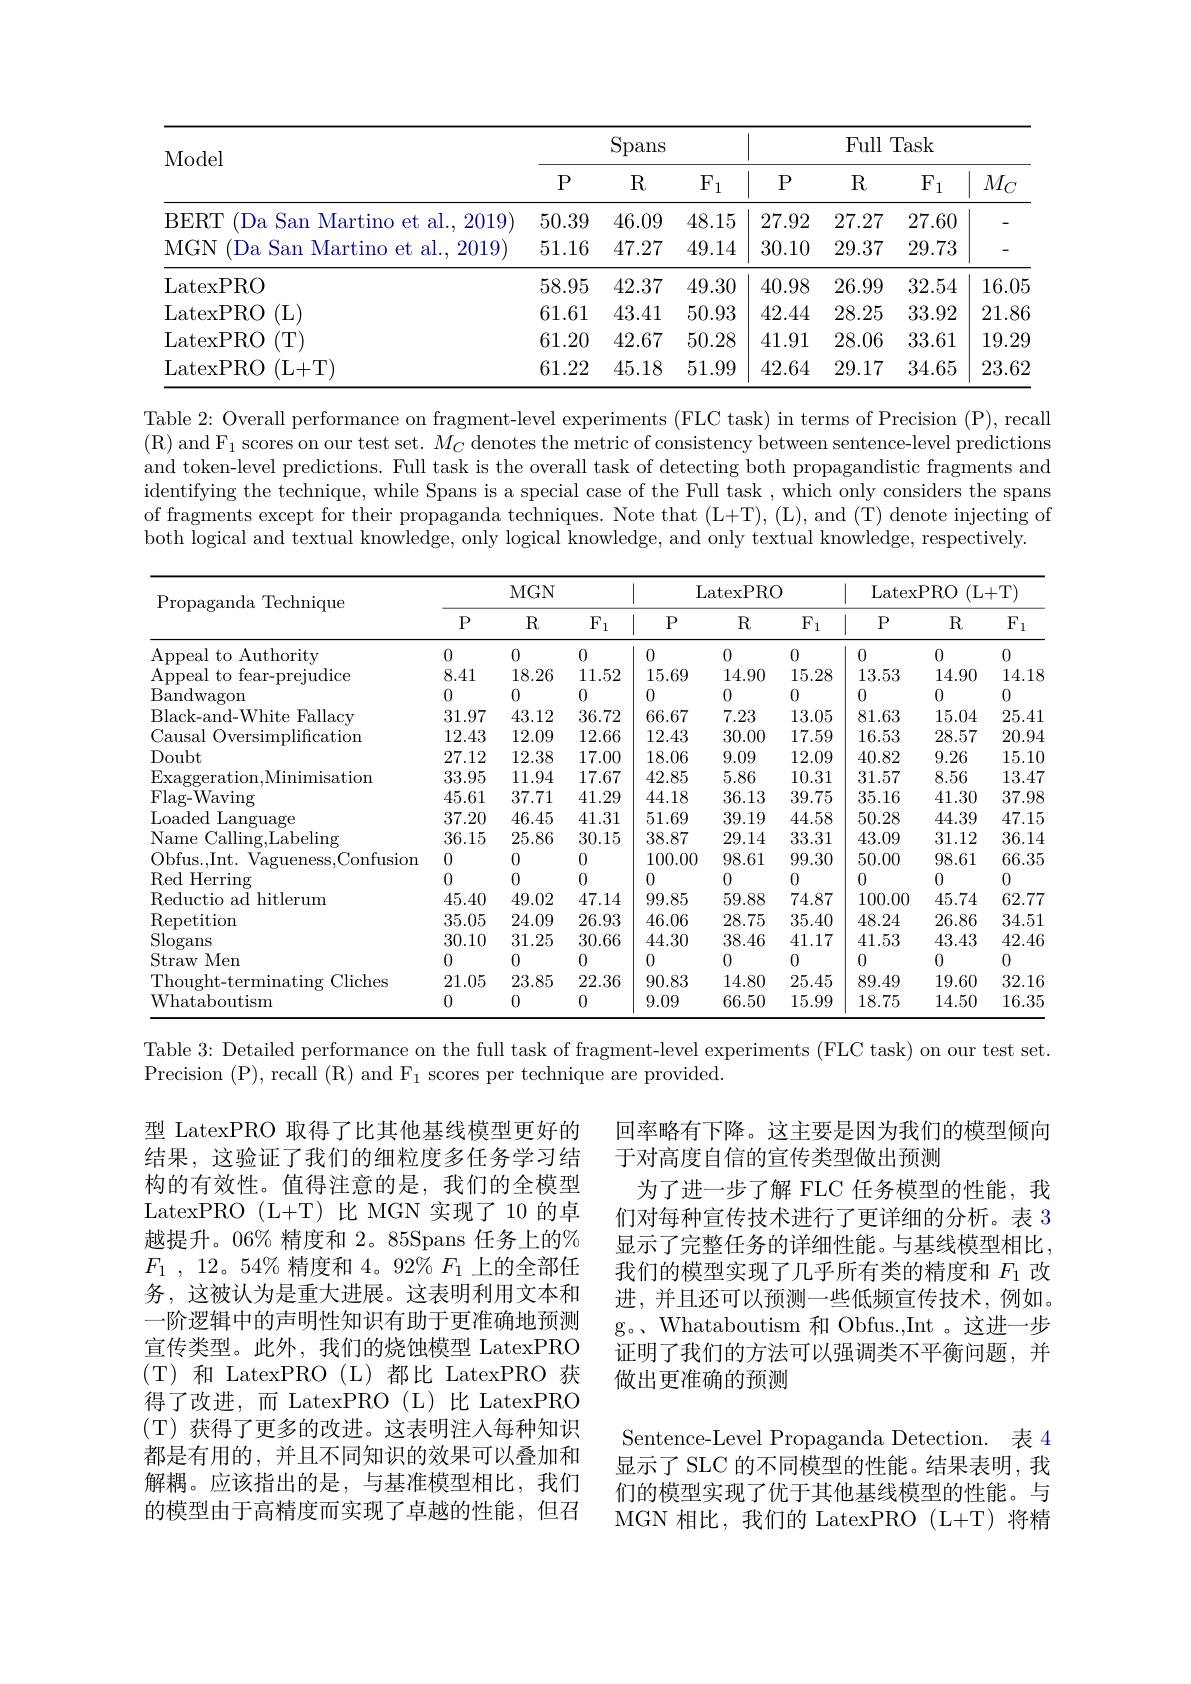
<table>
	<tbody>
		<tr>
			<th rowspan="2">Model</th>
			<th colspan="3">Spans</th>
			<th colspan="4">Full Task</th>
		</tr>
		<tr>
			<th>$P$</th>
			<th>$R$</th>
			<th>$F_1$</th>
			<th>$P$</th>
			<th>R</th>
			<th>$F_1$</th>
			<th>$M_C$</th>
		</tr>
		<tr>
			<td>BERT (Da San Martino et al., 2019)</td>
			<td>50.39</td>
			<td>46.09</td>
			<td>48.15</td>
			<td>27.92</td>
			<td>27.27</td>
			<td>27.60</td>
			<td> </td>
		</tr>
		<tr>
			<td>MGN (Da San Martino et al., 2019)</td>
			<td>51.16</td>
			<td>47.27</td>
			<td>49.14</td>
			<td>30.10</td>
			<td>29.37</td>
			<td>29.73</td>
			<td>-</td>
		</tr>
		<tr>
			<td>LatexPRO</td>
			<td>58.95</td>
			<td>42.37</td>
			<td>49.30</td>
			<td>40.98</td>
			<td>26.99</td>
			<td>32.54</td>
			<td>16.05</td>
		</tr>
		<tr>
			<td>LatexPRO (L)</td>
			<td>61.61</td>
			<td>43.41</td>
			<td>50.93</td>
			<td>42.44</td>
			<td>28.25</td>
			<td>33.92</td>
			<td>21.86</td>
		</tr>
		<tr>
			<td>(T) LatexPRO</td>
			<td>61.20</td>
			<td>42.67</td>
			<td>50.28</td>
			<td>41.91</td>
			<td>28.06</td>
			<td>33.61</td>
			<td>19.29</td>
		</tr>
		<tr>
			<td>(L+T) LatexPRO</td>
			<td>61.22</td>
			<td>45.18</td>
			<td>51.99</td>
			<td>42.64</td>
			<td>29.17</td>
			<td>34.65</td>
			<td>23.62</td>
		</tr>
	</tbody>
</table>

Table 2: Overall performance on fragment-level experiments (FLC task) in terms of Precision (P), recall $(\mathbb{R})$ and F$_1$ scores on our test set. $M_C$ denotes the metric of consistency between sentence-level predictions and token-level predictions. Full task is the overall task of detecting both propagandistic fragments and $\begin{aligned}\text{identifying the technique, while Spans is a special case of the Full task , which only considers the spans}\\\text{identifying the technique, while Spans is a special case of the Full task , which only consideনs the spans}\end{aligned}$ of fragments except for their propaganda techniques. Note that (L+T), (L), and (T) denote injecting of both logical and textual knowledge, only logical knowledge, and only textual knowledge, respectively.

<table>
	<tbody>
		<tr>
			<th rowspan="2">Propaganda Technique</th>
			<th colspan="3">$MGN$</th>
			<th colspan="3">LatexPRO</th>
			<th colspan="3">LatexPRO (L+T)</th>
		</tr>
		<tr>
			<th>$P$</th>
			<th>$R$</th>
			<th>$F_1$</th>
			<th>$P$</th>
			<th>$R$</th>
			<th>$F_1$</th>
			<th>1 $P$</th>
			<th>$R$</th>
			<th>$F$ 1</th>
		</tr>
		<tr>
			<td>Appeal to Authority</td>
			<td>0</td>
			<td>0</td>
			<td>0</td>
			<td>0</td>
			<td>0</td>
			<td>0</td>
			<td>0</td>
			<td>0</td>
			<td>0</td>
		</tr>
		<tr>
			<td>Appeal to fear-prejudice</td>
			<td>8.41</td>
			<td>18.26</td>
			<td>11.52</td>
			<td>15.69</td>
			<td>14.90</td>
			<td>15.28</td>
			<td>13.53</td>
			<td>14.90</td>
			<td>14.18</td>
		</tr>
		<tr>
			<td>Bandwagon</td>
			<td>0</td>
			<td>0</td>
			<td>0</td>
			<td>0</td>
			<td>0</td>
			<td>0</td>
			<td>0</td>
			<td>0</td>
			<td>0</td>
		</tr>
		<tr>
			<td>Black- and- White Fallacy</td>
			<td>31.97</td>
			<td>43.12</td>
			<td>36.72</td>
			<td>66.67</td>
			<td>7.23</td>
			<td>13.05</td>
			<td>81.63</td>
			<td>15.04</td>
			<td>25.41</td>
		</tr>
		<tr>
			<td>Causal l Oversimplification</td>
			<td>12.43</td>
			<td>12.09</td>
			<td>12.66</td>
			<td>12.43</td>
			<td>30.00</td>
			<td>17.59</td>
			<td>16.53</td>
			<td>28.57</td>
			<td>20.94</td>
		</tr>
		<tr>
			<td>Doubt</td>
			<td>27.12</td>
			<td>12.38</td>
			<td>17.00</td>
			<td>18.06</td>
			<td>9.09</td>
			<td>12.09</td>
			<td>40.82</td>
			<td>9.26</td>
			<td>15.10</td>
		</tr>
		<tr>
			<td>Exaggeration, Minimisation</td>
			<td>33.95</td>
			<td>11.94</td>
			<td>17.67</td>
			<td>42.85</td>
			<td>5.86</td>
			<td>10.31</td>
			<td>31.57</td>
			<td>8.56</td>
			<td>13.47</td>
		</tr>
		<tr>
			<td>Flag- Waving</td>
			<td>45.61</td>
			<td>37.71</td>
			<td>41.29</td>
			<td>44.18</td>
			<td>36.13</td>
			<td>39.75</td>
			<td>35.16</td>
			<td>41.30</td>
			<td>37.98</td>
		</tr>
		<tr>
			<td>Loaded Language</td>
			<td>37.20</td>
			<td>46.45</td>
			<td>41.31</td>
			<td>51.69</td>
			<td>39.19</td>
			<td>44.58</td>
			<td>50.28</td>
			<td>44.39</td>
			<td>47.15</td>
		</tr>
		<tr>
			<td>Name Calling, Labeling</td>
			<td>36.15</td>
			<td>25.86</td>
			<td>30.15</td>
			<td>38.87</td>
			<td>29.14</td>
			<td>33.31</td>
			<td>43.09</td>
			<td>31.12</td>
			<td>36.14</td>
		</tr>
		<tr>
			<td>Obfus.,Int. Vagueness,Confusion</td>
			<td>0</td>
			<td>0</td>
			<td>0</td>
			<td>100.00</td>
			<td>98.61</td>
			<td>99.30</td>
			<td>50.00</td>
			<td>98.61</td>
			<td>66.35</td>
		</tr>
		<tr>
			<td>$\operatorname{Red}\operatorname{Herring}$</td>
			<td>0</td>
			<td>0</td>
			<td>0</td>
			<td>0</td>
			<td>0</td>
			<td>0</td>
			<td>0</td>
			<td>0</td>
			<td>0</td>
		</tr>
		<tr>
			<td>Reductio ad hitlerum</td>
			<td>45.40</td>
			<td>49.02</td>
			<td>47.14</td>
			<td>99.85</td>
			<td>59.88</td>
			<td>74.87</td>
			<td>100.00</td>
			<td>45.74</td>
			<td>62.77</td>
		</tr>
		<tr>
			<td>Repetition</td>
			<td>35.05</td>
			<td>24.09</td>
			<td>26.93</td>
			<td>46.06</td>
			<td>28.75</td>
			<td>35.40</td>
			<td>48.24</td>
			<td>26.86</td>
			<td>34.51</td>
		</tr>
		<tr>
			<td>Slogans</td>
			<td>30.10</td>
			<td>31.25</td>
			<td>30.66</td>
			<td>44.30</td>
			<td>38.46</td>
			<td>41.17</td>
			<td>41.53</td>
			<td>43.43</td>
			<td>42.46</td>
		</tr>
		<tr>
			<td>Straw Men</td>
			<td>0</td>
			<td>0</td>
			<td>0</td>
			<td>0</td>
			<td>0</td>
			<td>0</td>
			<td>0</td>
			<td>0</td>
			<td>0</td>
		</tr>
		<tr>
			<td>Thought-terminating ${\mathrm{g}}$Cliches</td>
			<td>21.05</td>
			<td>23.85</td>
			<td>22.36</td>
			<td>90.83</td>
			<td>14.80</td>
			<td>25.45</td>
			<td>89.49</td>
			<td>19.60</td>
			<td>32.16</td>
		</tr>
		<tr>
			<td>Whataboutism</td>
			<td>0</td>
			<td>0</td>
			<td>0</td>
			<td>9.09</td>
			<td>66.50</td>
			<td>15.99</td>
			<td>18.75</td>
			<td>14.50</td>
			<td>16.35</td>
		</tr>
	</tbody>
</table>

Table 3: Detailed performance on the full task of fragment-level experiments (FLC task) on our test set.
Precision (P),recall (R) and F$_1$ scores per technique are provided.

回率略有下降。这主要是因为我们的模型倾向
于对高度自信的宣传类型做出预测
为了进一步了解 FLC 任务模型的性能，我们对每种宣传技术进行了更详细的分析。表 3显示了完整任务的详细性能。与基线模型相比我们的模型实现了几乎所有类的精度和$F_{1}$改进，并且还可以预测一些低频宣传技术，例如。g。、Whataboutism 和 Obfus.,Int 。这进一步证明了我们的方法可以强调类不平衡问题，并做出更准确的预测

型 LatexPRO 取得了比其他基线模型更好的结果，这验证了我们的细粒度多任务学习结构的有效性。值得注意的是，我们的全模型LatexPRO (L+T) 比 MGN 实现了 10 的卓越提升。06% 精度和 2。85Spans 任务上的% $F_{1}$ , 12。54% 精度和 4。92% $F_1$上的全部任务，这被认为是重大进展。这表明利用文本和一阶逻辑中的声明性知识有助于更准确地预测宣传类型。此外，我们的烧蚀模型 LatexPRO (T)和 LatexPRO(L)都比 LatexPRO 获得了改进，而 LatexPRO(L)比 LatexPRO (T)获得了更多的改进。这表明注入每种知识都是有用的，并且不同知识的效果可以叠加和解耦。应该指出的是，与基准模型相比，我们的模型由于高精度而实现了卓越的性能，但召

Sentence-Level Propaganda Detection. 表 4显示了 SLC 的不同模型的性能。结果表明，我们的模型实现了优于其他基线模型的性能。与MGN 相比，我们的 LatexPRO (L+T)将精